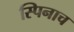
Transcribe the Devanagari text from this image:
स्पिनाच